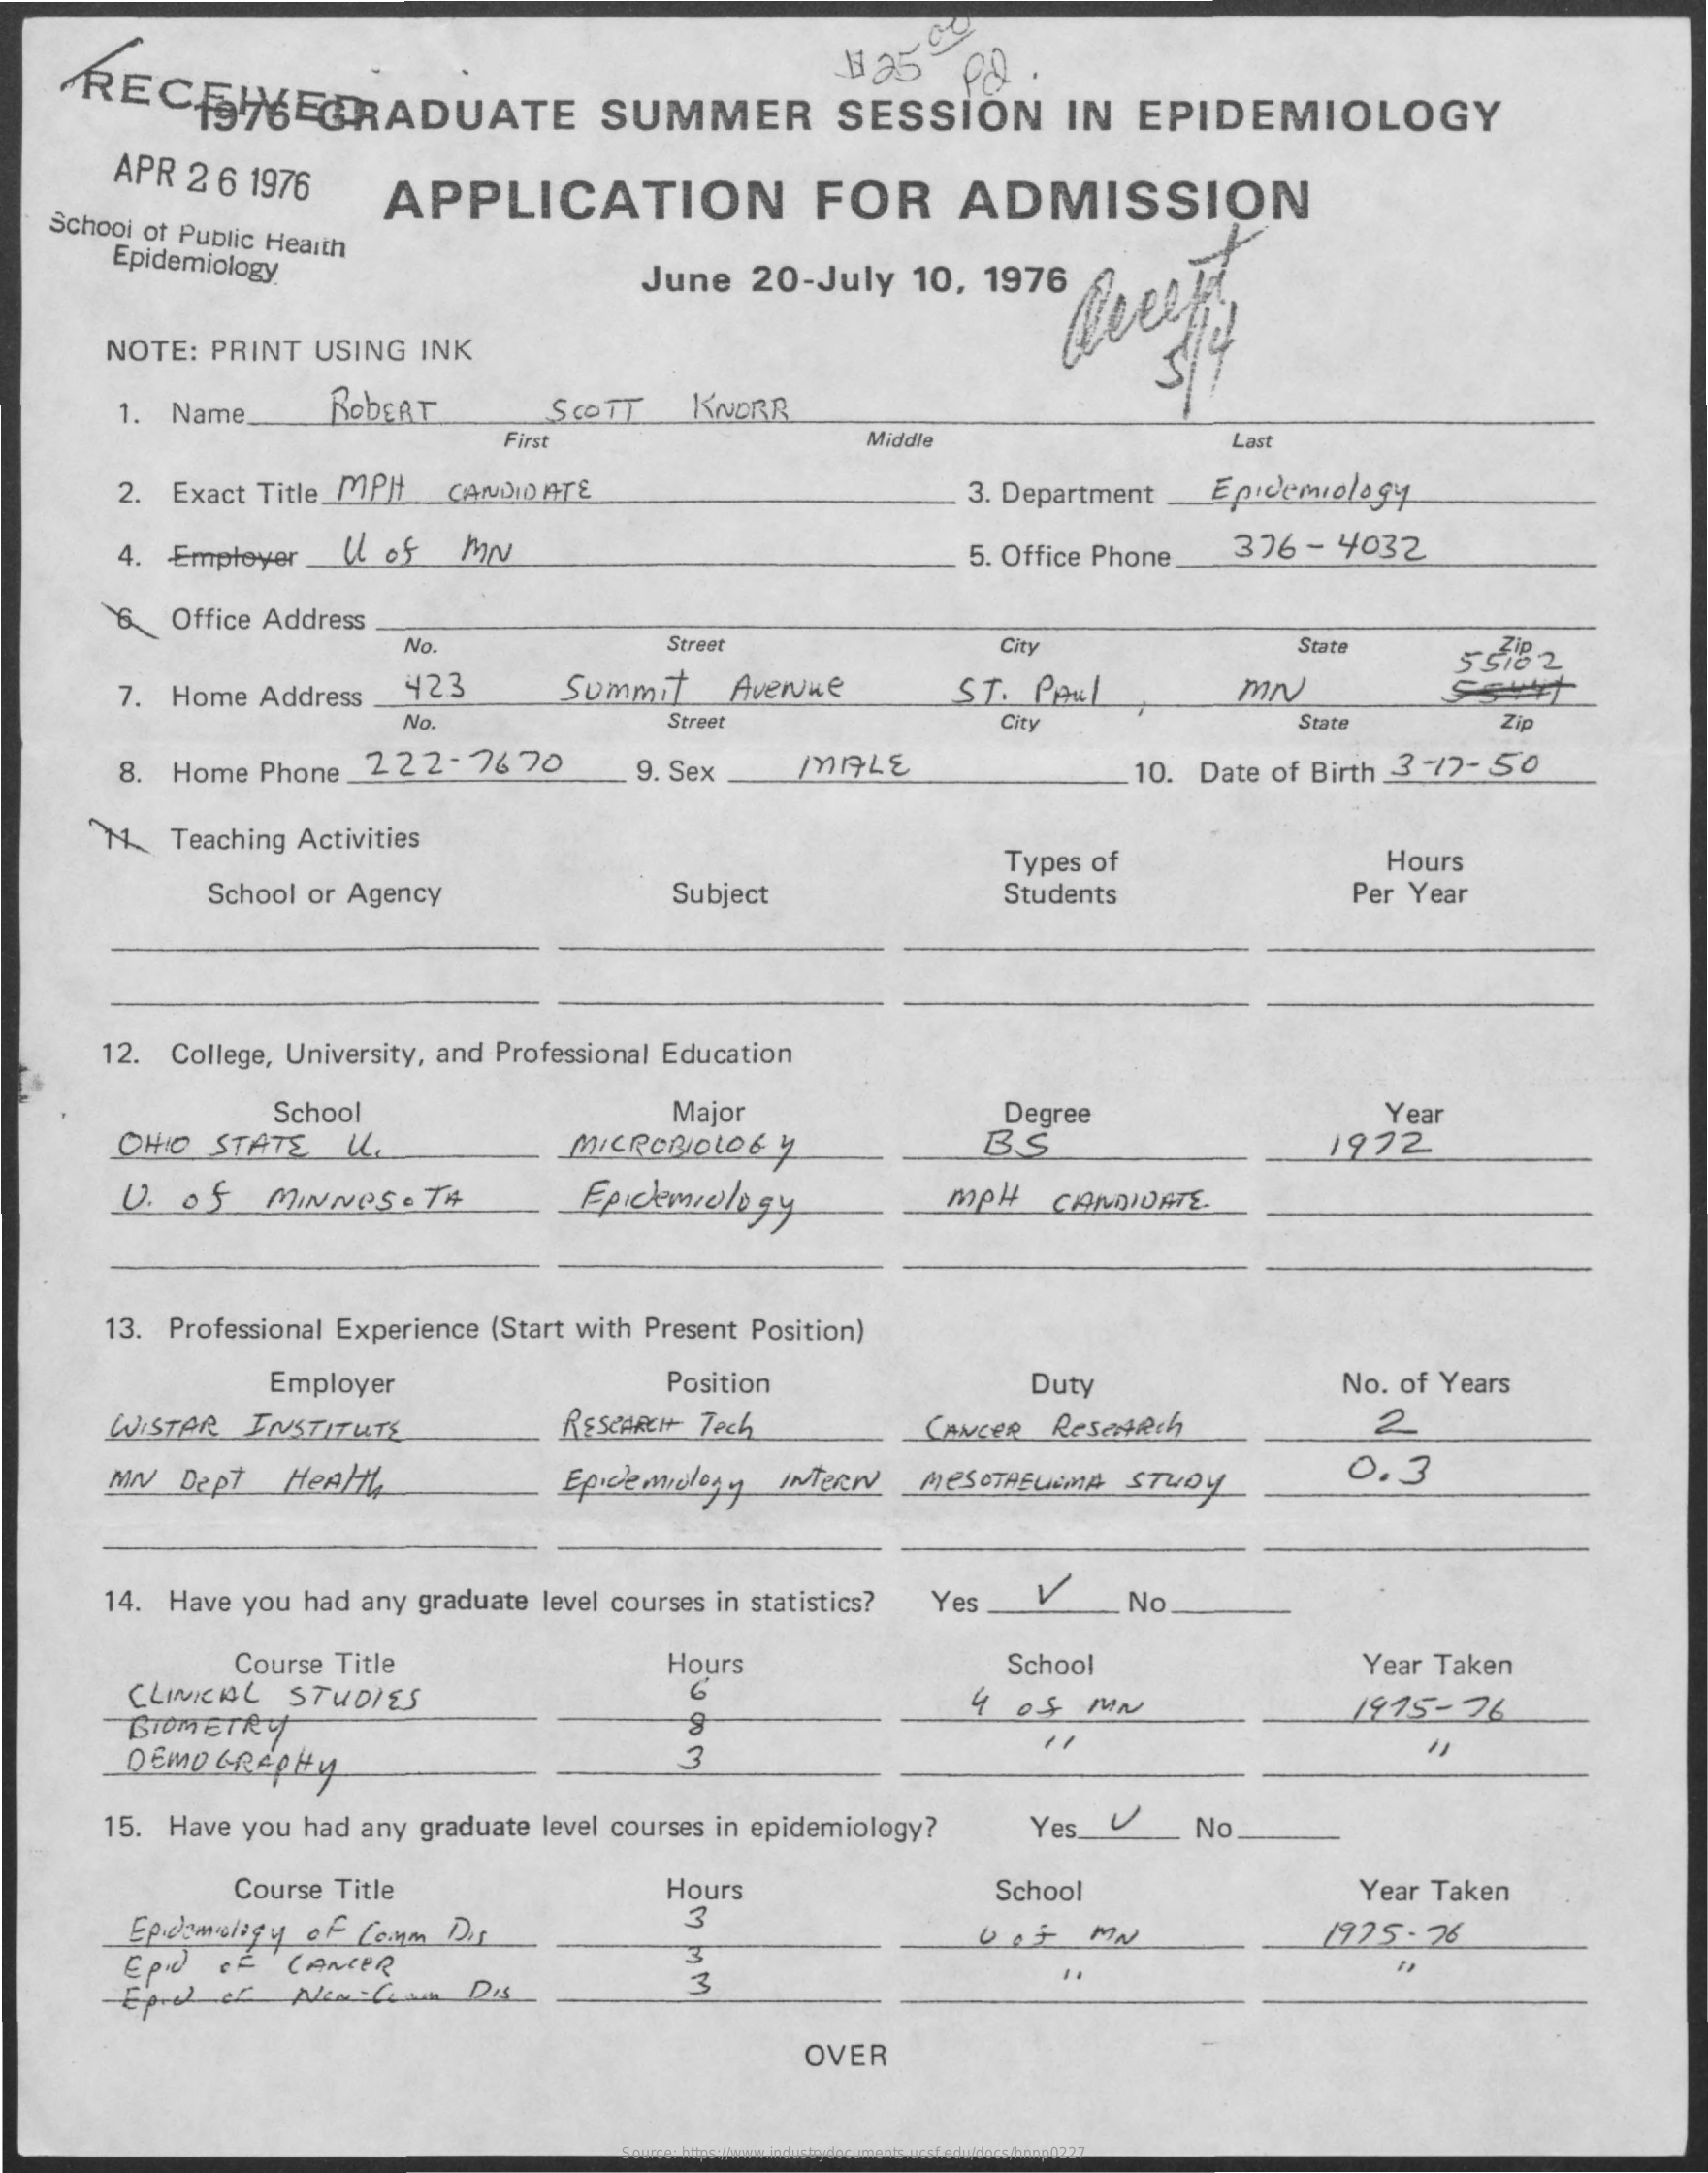
RECEHEGRADUATE    SUMMER    SESSION    IN    EPIDEMIOLOGY
     425    PQ    .
     APR    2   6   1976    APPLICATION    FOR    ADMISSION
     School    of  Public    Health
     Epidemiology    June    20-July    10,    1976
     NOTE:    PRINT    USING    INK
     1.    Name.    ROBERT    SCOTT    KNORR
     First    Middle    Last
     2.    Exact    Title_MPIt    CANDIDATE    3.  Department    Epidemiology
     4.    Employer    U    of    M/    5.  Office    Phone    376    -   4032
     6    Office    Address
     No.    Street    City    Stat
     7.    Home    Address    423    Summit    Avenue    ST.    PAUL
     No.    Street    City    State    Zip
     8.    Home    Phone    _ 222-7670    9.  Sex    MALE    10.    Date    of   Birth    3  -12-    50
     1.    Teaching    Activities
     Types    of    Hours
     School    or   Agency    Subject    Students    Per    Year
     12.    College,    University,    and    Professional    Education
     School    Major    Degree    Year
     OHIO    STATE    U.    MICROBIOLOGY    BS    1972
     V.    Of    MINNESOTA    Epickmiology    MPH    CANDIDATE.
     13.    Professional    Experience    (Start    with    Present    Position)
     Employer    Position    Duty    No.   of    Years
     WISTAR    INSTITUTE    RESCARCH+    Tech    CANCER    Research    2
     MW    Dept    Health    Epidemiology    INTERN    MESOTHELIOMA    STUDY    0.    3
     14.    Have    you    had    any    graduate    level    courses    in  statistics?    Yes   .    V    No
     Course    Title    Hours    School    Year    Taken
     CLINICAL    STUDIES    6
     BIOMETRY
     4    05    MN    1925-26
     DEMO    GRAPHY
     15.    Have    you    had    any    graduate    level    courses    in   epidemiology?    Yes_V    No
     Course    Title    Hours    School    Year    Taken
     Epidemiology    of    Com    Dis
     3
     UIT    MN    1925-26
     Epid    of    CANCER    3
     OVER
     Source: https://www.industrydocuments.ucsf.edu/docs/hnnp0227